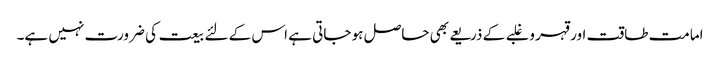
امامت طاقت اور قہر و غلبے کے ذریعے بھی حاصل ہو جاتی ہے اس کے لئے بیعت کی ضرورت نہیں ہے۔